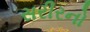
સરીરનો